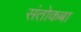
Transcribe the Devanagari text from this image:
संतोकबा